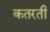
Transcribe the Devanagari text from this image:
कतरती